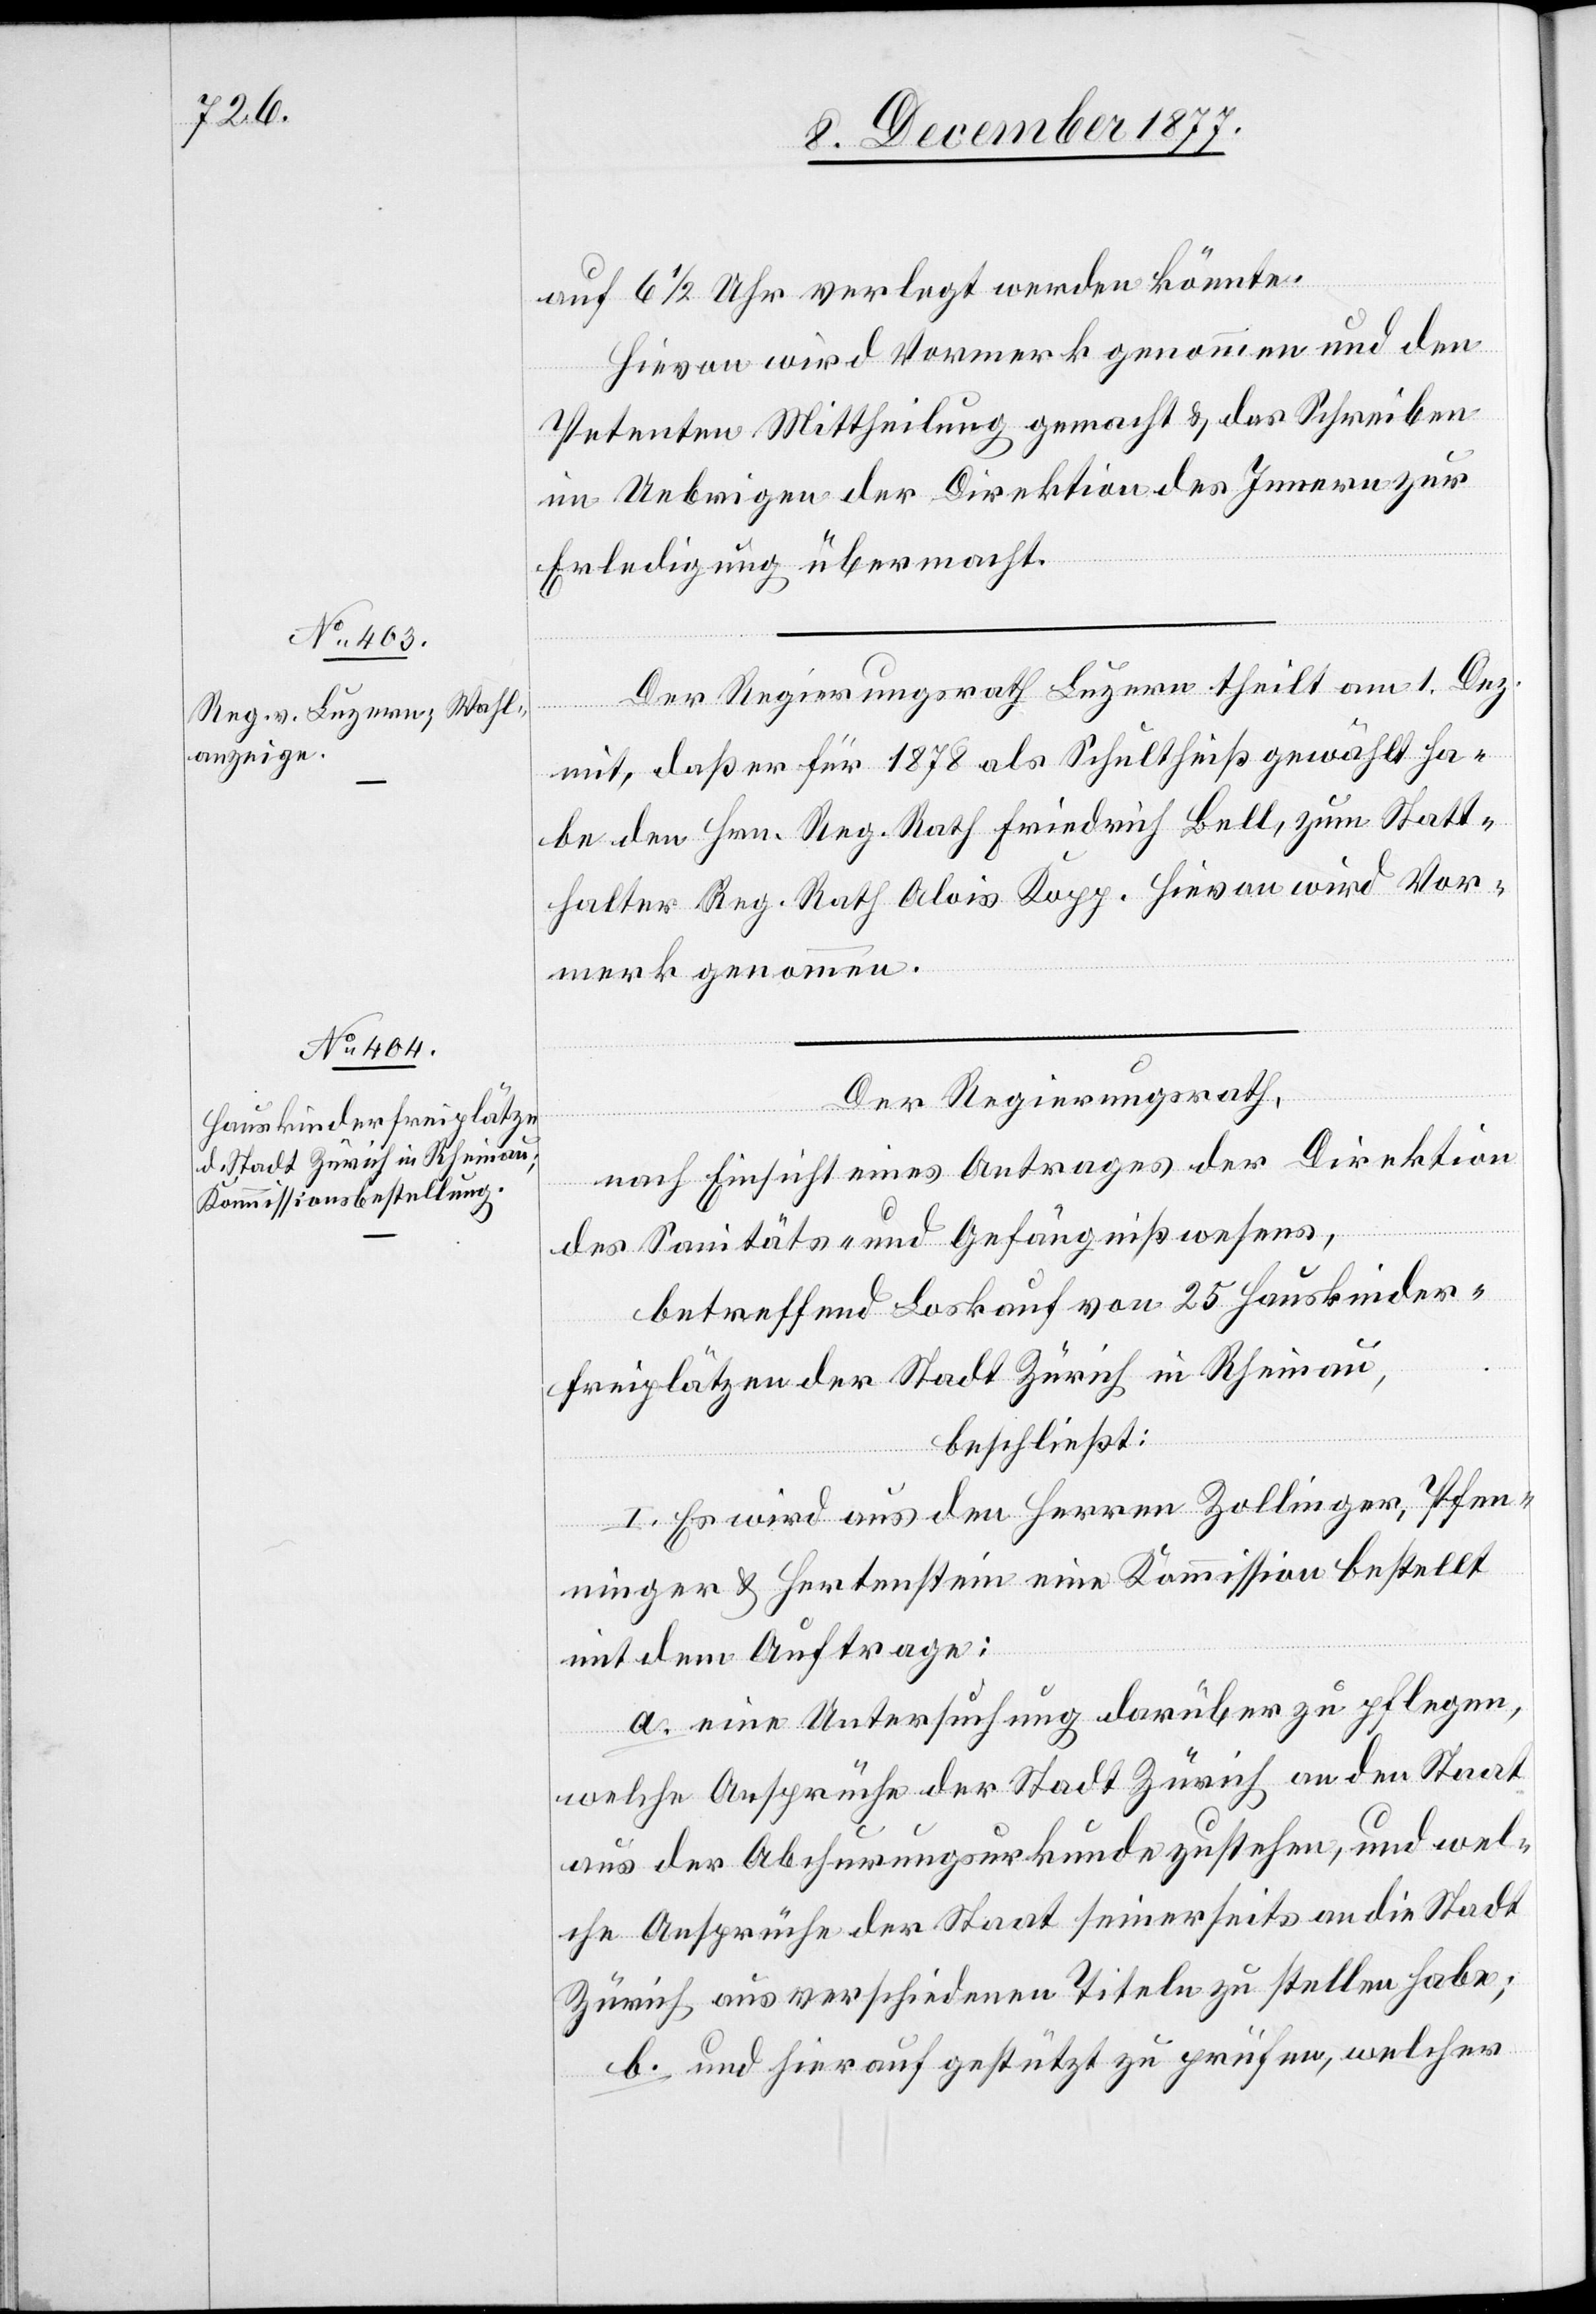
auf 6 1/2 Uhr verlegt werden könnte.
Hievon wird Vormerk genommen und den
Petenten Mittheilung gemacht & das Schreiben
im Uebrigen der Direktion des Innern zur
Erledigung übermacht.
Der Regierungsrath Luzern theilt am 1. Dez.
mit, daß er für 1878 als Schultheiß gewählt ha¬
be den Hrn. Reg. Rath Friedrich Bell, zum Statt¬
halter Reg. Rath Alois Kopp. Hievon wird Vor¬
merk genommen.
Der Regierungsrath,
nach Einsicht eines Antrages der Direktion
des Sanitäts- und Gefängnißwesens,
betreffend Loskauf von 25 Hauskinder¬
freiplätzen der Stadt Zürich in Rheinau,
beschließt:
I. Es wird aus den Herren Zollinger, Pfen¬
ninger & Hertenstein eine Kommission bestellt
mit dem Auftrage:
a. eine Untersuchung darüber zu pflegen,
welche Ansprüche der Stadt Zürich an den Staat
aus der Abchurungsurkunde zustehen, und wel¬
che Ansprüche der Staat seinerseits an die Stadt
Zürich aus verschiedenen Titeln zu stellen habe;
b. und hierauf gestützt zu prüfen, welcher